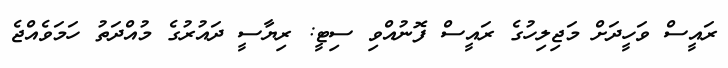
ރައީސް ވަހީދަށް މަޖިލިހުގެ ރައީސް ފޮނުއްވި ސިޓީ: ރިޔާސީ ދައުރުގެ މުއްދަތު ހަމަވެއްޖެ